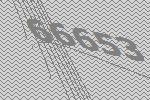
66653